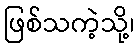
ဖြစ်သကဲ့သို့၊